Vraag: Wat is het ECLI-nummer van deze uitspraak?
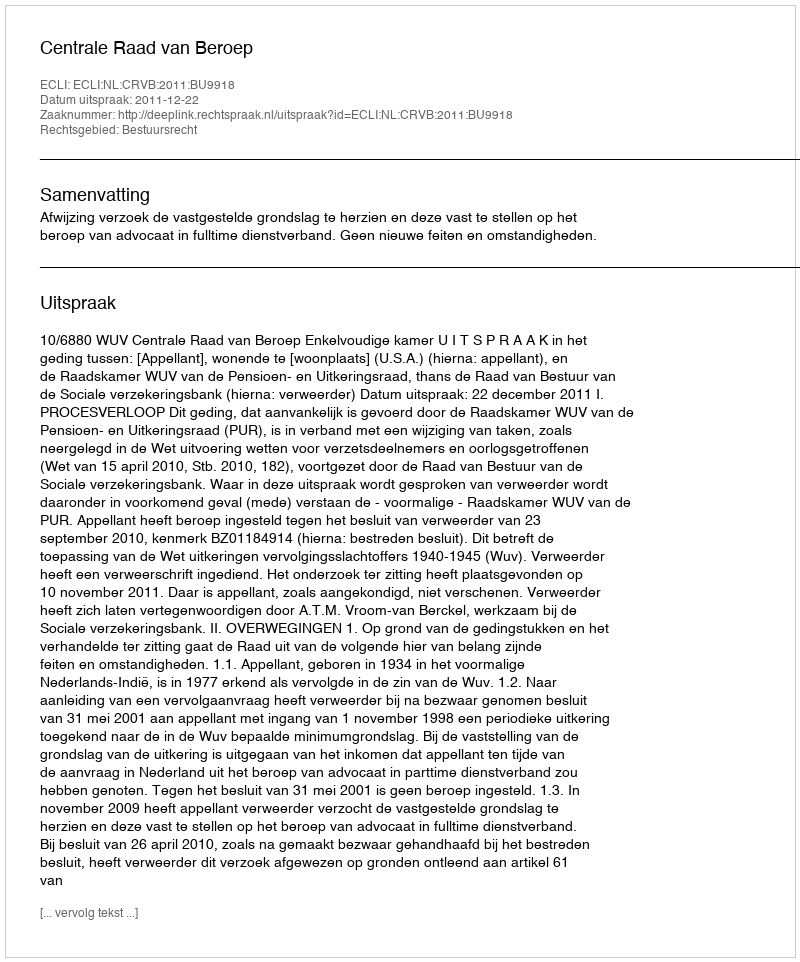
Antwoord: ECLI:NL:CRVB:2011:BU9918